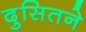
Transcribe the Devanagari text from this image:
दुसितने